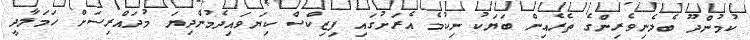
ކުމުންދޫ ބެލެނިވެރިންގެ ތެރެއިން ބަޔަކު ނިކުމެ އެރަށުގައި ފިޒިކްސް ކިޔަވައިދެމުންދިޔަ މުދައްރިސަށް ހަމަލާދީ